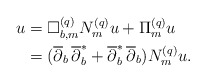
\begin{align*} u&=\Box^{(q)}_{b,m}N^{(q)}_mu+\Pi^{(q)}_mu \\&=(\overline\partial_b\,\overline{\partial}^*_b+\overline{\partial}^*_b\,\overline\partial_b)N^{(q)}_mu.\end{align*}